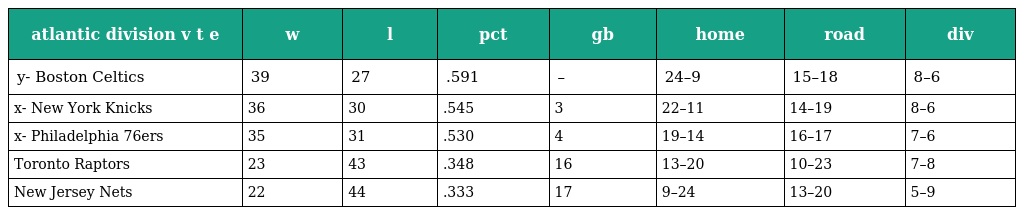
| atlantic division v t e | w | l | pct | gb | home | road | div |
 | --- | --- | --- | --- | --- | --- | --- | --- |
 | y- Boston Celtics | 39 | 27 | .591 | – | 24–9 | 15–18 | 8–6 |
 | x- New York Knicks | 36 | 30 | .545 | 3 | 22–11 | 14–19 | 8–6 |
 | x- Philadelphia 76ers | 35 | 31 | .530 | 4 | 19–14 | 16–17 | 7–6 |
 | Toronto Raptors | 23 | 43 | .348 | 16 | 13–20 | 10–23 | 7–8 |
 | New Jersey Nets | 22 | 44 | .333 | 17 | 9–24 | 13–20 | 5–9 |